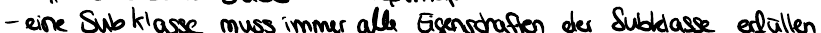
-eine Subklasse muss immer alle Eigenschaften der Subklasse erfüllen